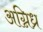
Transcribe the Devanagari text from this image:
अग्निध्र